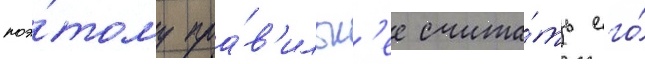
поэ́тому пра́в'ильн'ее счита́ть его́